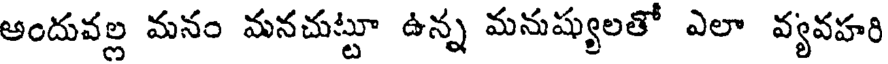
అందువల్ల మనం మనచుట్టూ ఉన్న మనుష్యులతో ఎలా వ్యవహరి